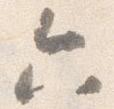
六